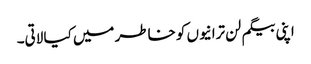
اپنی بیگم لن ترانیوں کو خاطر میں کیا لاتی۔